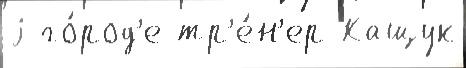
j го́род'е тр'е́н'ер Кащук